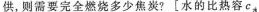
供，则需要完全燃烧多少焦炭?[水的比热容 $$c_{ 水 }